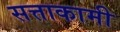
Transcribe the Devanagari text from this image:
सत्ताकामी